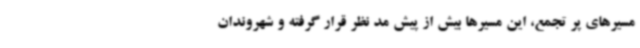
مسیرهای پر تجمع، این مسیرها بیش از پیش مد نظر قرار گرفته و شهروندان